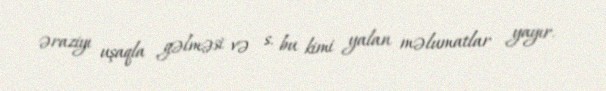
əraziyı uşaqla gəlməsi və s. bu kimi yalan məlumatlar yayır.